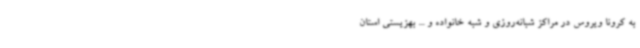
به کرونا ویروس در مراکز شبانه‌روزی و شبه خانواده و ... بهزیستی استان